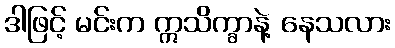
ဒါဖြင့် မင်းက ဣသိက္ခာနဲ့ နေသလား